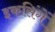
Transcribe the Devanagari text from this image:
इकसिंगें